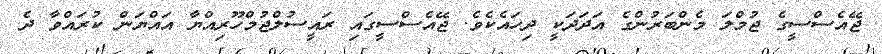
ޖޭއެސްސީގެ ޖުމްލަ މެންބަރުންގެ އަދަދަކީ ދިހައެކެވެ. ޖޭއެސްސީގައި ރައީސުލްޖުމްހޫރިއްޔާ އައްޔަން ކުރައްވާ ދެ